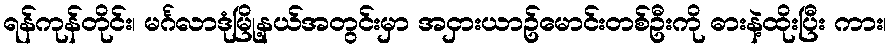
ရန်ကုန်တိုင်း၊ မင်္ဂလာဒုံမြို့နယ်အတွင်းမှာ အငှားယာဥ်မောင်းတစ်ဦးကို ဓားနဲ့ထိုးပြီး ကား၊